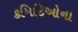
કમિટિઓના